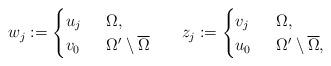
LaTeX: \begin{align*}w_{j}:=\begin{cases} u_{j}&\;\;\Omega,\\ v_{0}&\;\;\Omega'\setminus\overline{\Omega}\end{cases}\;\;\;\;\;\;z_{j}:=\begin{cases} v_{j}&\;\;\Omega,\\ u_{0}&\;\;\Omega'\setminus\overline{\Omega},\end{cases}\end{align*}